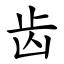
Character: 齿